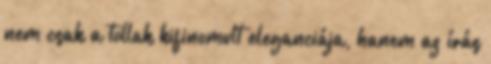
nem csak a tollak kifinomult eleganciája, hanem az írás